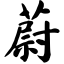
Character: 蔚